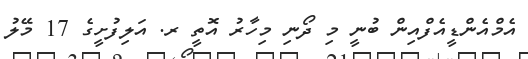
އެމްއެންޑީއެފްއިން ބުނީ މި ދޯނި މިހާރު އޮތީ ރ. އަލިފުށީގެ 17 މޭލު